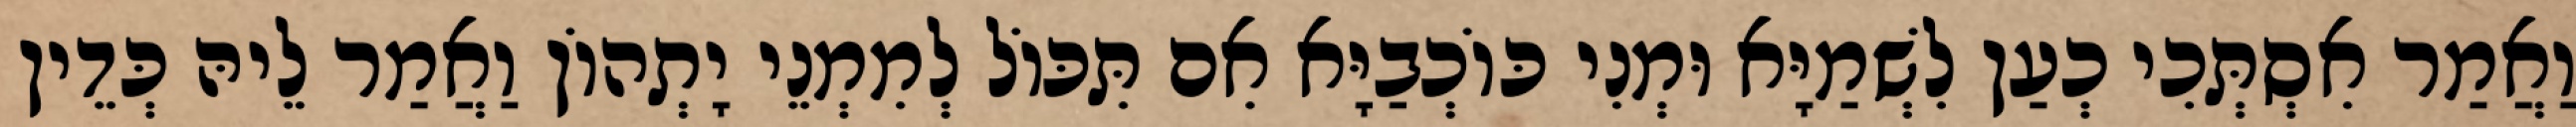
וַאֲמַר אִסְתְּכִי כְעַן לִשְׁמַיָּא וּמְנִי כּוֹכְבַיָּא אִם תִּכּוֹל לְמִמְנֵי יָתְהוֹן וַאֲמַר לֵיהּ כְּדֵין